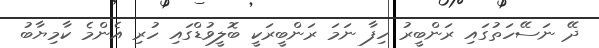
ދޭ ނަސޭހަތުގައި ރަންބީރު ހިފާ ނަމަ ރަންބީރަކީ ބޮލީވުޑްގައި ހުރި އެންމެ ކާމިޔާބު